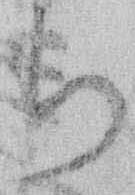
ち